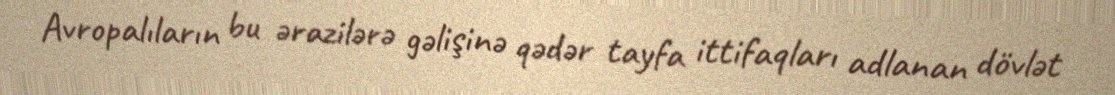
Avropalıların bu ərazilərə gəlişinə qədər tayfa ittifaqları adlanan dövlət